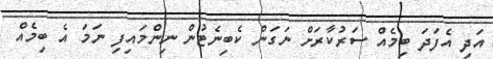
އަދި އެފަދަ ބިމެއް ސަރުކާރަށް ނަގަން ކެބިނެޓުން ނިންމައިފި ނަމަ އެ ބިމެއް